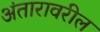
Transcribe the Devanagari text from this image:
अंतारावरील